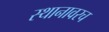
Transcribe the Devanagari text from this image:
स्थानावरच